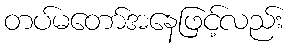
တပ်မတော်အနေဖြင့်လည်း